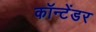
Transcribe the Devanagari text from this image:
कॉन्टेंडर